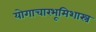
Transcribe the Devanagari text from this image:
योगाचारभूमिशास्त्र